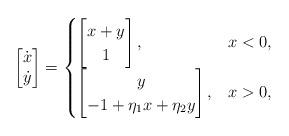
LaTeX: \begin{align*}\begin{bmatrix} \dot{x} \\ \dot{y} \end{bmatrix} =\begin{cases}\begin{bmatrix} x + y \\ 1 \end{bmatrix}, & x < 0, \\\begin{bmatrix} y \\ -1 + \eta_1 x + \eta_2 y \end{bmatrix}, & x > 0,\end{cases}\end{align*}